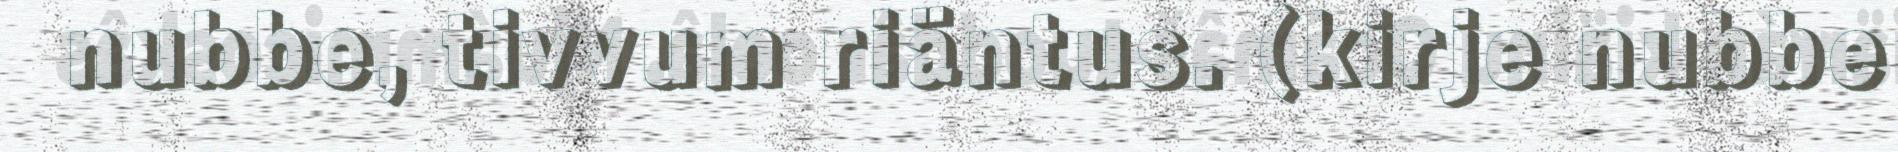
nubbe, tivvum riäntus. (kirje nubbe